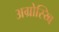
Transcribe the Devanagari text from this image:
अग्रोस्य्बि